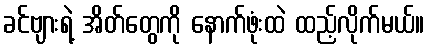
ခင်ဗျားရဲ့ အိတ်တွေကို နောက်ဖုံးထဲ ထည့်လိုက်မယ်။